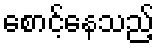
စောင့်နေသည့်